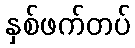
နှစ်ဖက်တပ်